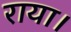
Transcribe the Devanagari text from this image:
राया।